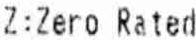
Z:ZERO RATED